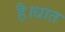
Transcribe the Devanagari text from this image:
है।धात